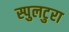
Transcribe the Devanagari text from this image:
स्पुलटुरा